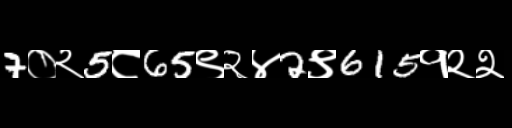
Text: 7०२5८65९२४2९615१२२